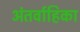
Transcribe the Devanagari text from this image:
अंतर्वाहिका